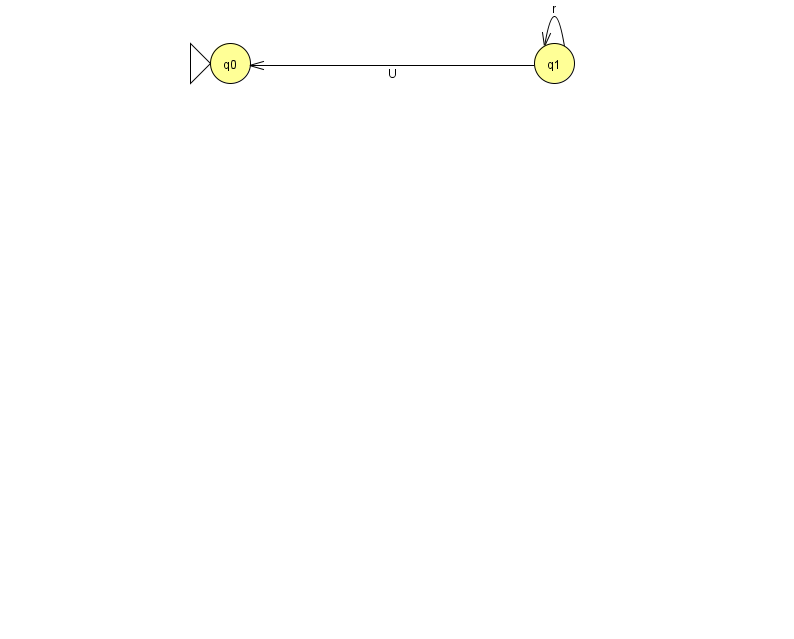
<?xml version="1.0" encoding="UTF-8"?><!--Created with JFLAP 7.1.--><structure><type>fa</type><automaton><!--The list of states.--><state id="0" name="q0"><x>230.0</x><y>50.0</y><initial/></state><state id="1" name="q1"><x>554.0</x><y>50.0</y></state><!--The list of transitions.--><transition><from>1</from><to>1</to><read>r</read></transition><transition><from>1</from><to>0</to><read>U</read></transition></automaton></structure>